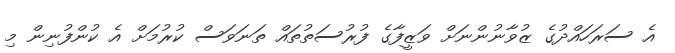
އެ ސަރަހައްދުގެ ޒުވާނުންނަށް ވަޒީފާގެ ފުރުސަތުތައް ތަނަވަސް ކުރުމަށް އެ ކުންފުނިން މި